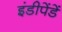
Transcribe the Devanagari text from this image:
इंडीपेंडें